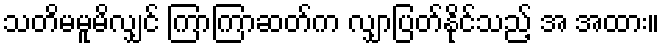
သတိမမူမိလျှင် ကြာကြာဆတ်က လျှာပြတ်နိုင်သည့် အ အထား။